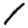
Digit: 1